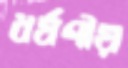
ধর্ষণীয়